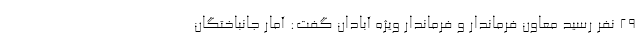
۲۹ نفر رسید معاون فرماندار و فرماندار ویژه آبادان گفت: آمار جانباختگان